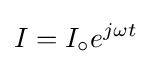
I=I_{\circ }e^{j\omega t}